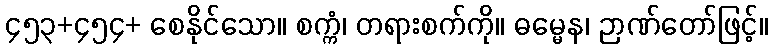
၄၅၃+၄၅၄+ စေနိုင်သော။ စက္ကံ၊ တရားစက်ကို။ ဓမ္မေန၊ ဉာဏ်တော်ဖြင့်။